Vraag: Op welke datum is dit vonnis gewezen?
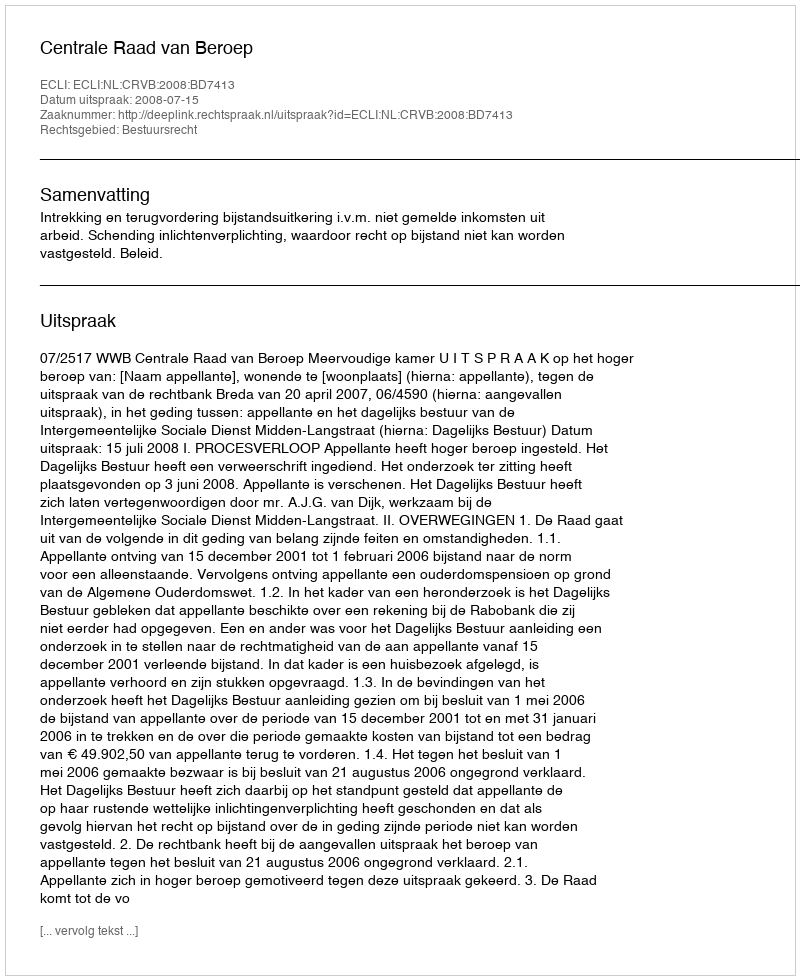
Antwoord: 2008-07-15